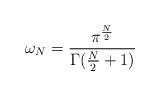
LaTeX: \begin{align*}\omega_{N}=\frac{\pi^{\frac{N}{2}}}{\Gamma(\frac{N}{2}+1)} \end{align*}